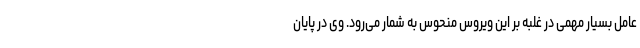
عامل بسیار مهمی در غلبه بر این ویروس منحوس به شمار می‌رود. وی در پایان